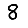
Digit: 8